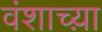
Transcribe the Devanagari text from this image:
वंशाच्य़ा